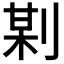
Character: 𠝺